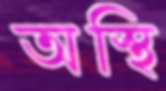
অস্থি